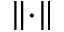
\lVert \cdot \rVert